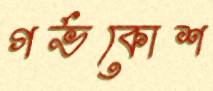
গর্ভকোশ